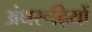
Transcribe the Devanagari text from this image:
अंधरूढ़ियों